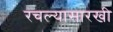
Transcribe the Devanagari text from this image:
रचल्यासारखी